Indian journal of veterinary science and animal husbandry - Volume 12,
Year: 1942
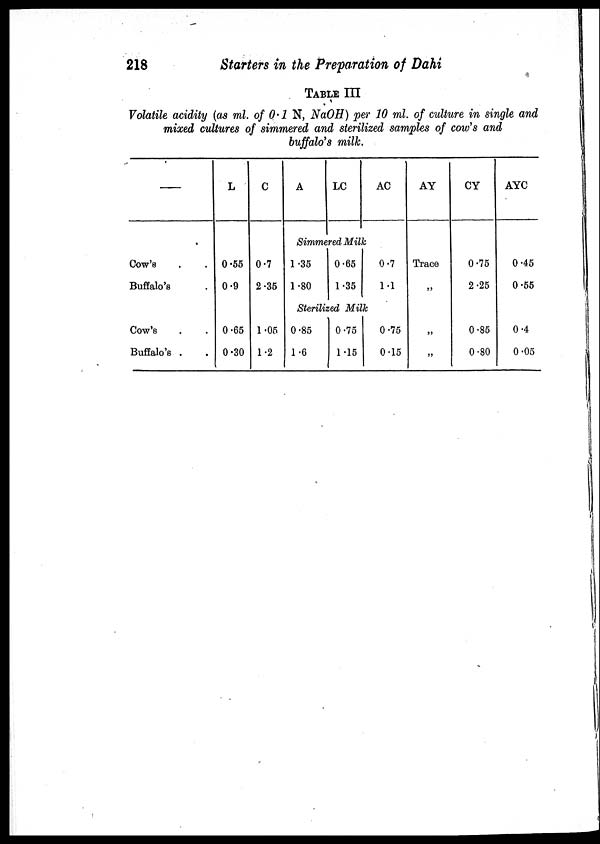
218
Starters in the Preparation of Dahi
TABLE III
Volatile acidity (as ml. of 0.1 N, NaOH) per 10 ml. of culture in single and
mixed cultures of simmered and sterilized samples of cow's and
buffalo's milk.
—
L
C
A
LC
AC
AY
CY
AYC
Simmered Milk
Cow's . .
Buffalo's .
0.55
0.9
0.7
2.35
1.35
1.80
0.65
1.35
0.7
1.1
Trace
„
0.75
2.25
0.45
0.55
Sterilized Milk
Cow's . .
Buffalo's . .
0.65
0.30
1.05
1.2
0.85
1.6
0.75
1.15
0.75
0.15
„
„
0.85
0.80
0.4
0.05